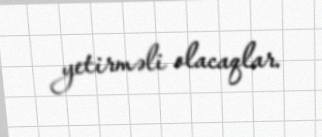
yetirməli olacaqlar.